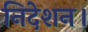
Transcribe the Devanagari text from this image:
निदेशन।